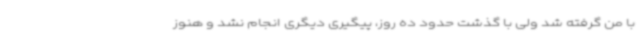
با من گرفته شد ولی با گذشت حدود ده روز، پیگیری دیگری انجام نشد و هنوز